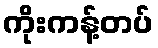
ကိုးကန့်တပ်